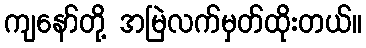
ကျနော်တို့ အမြဲလက်မှတ်ထိုးတယ်။